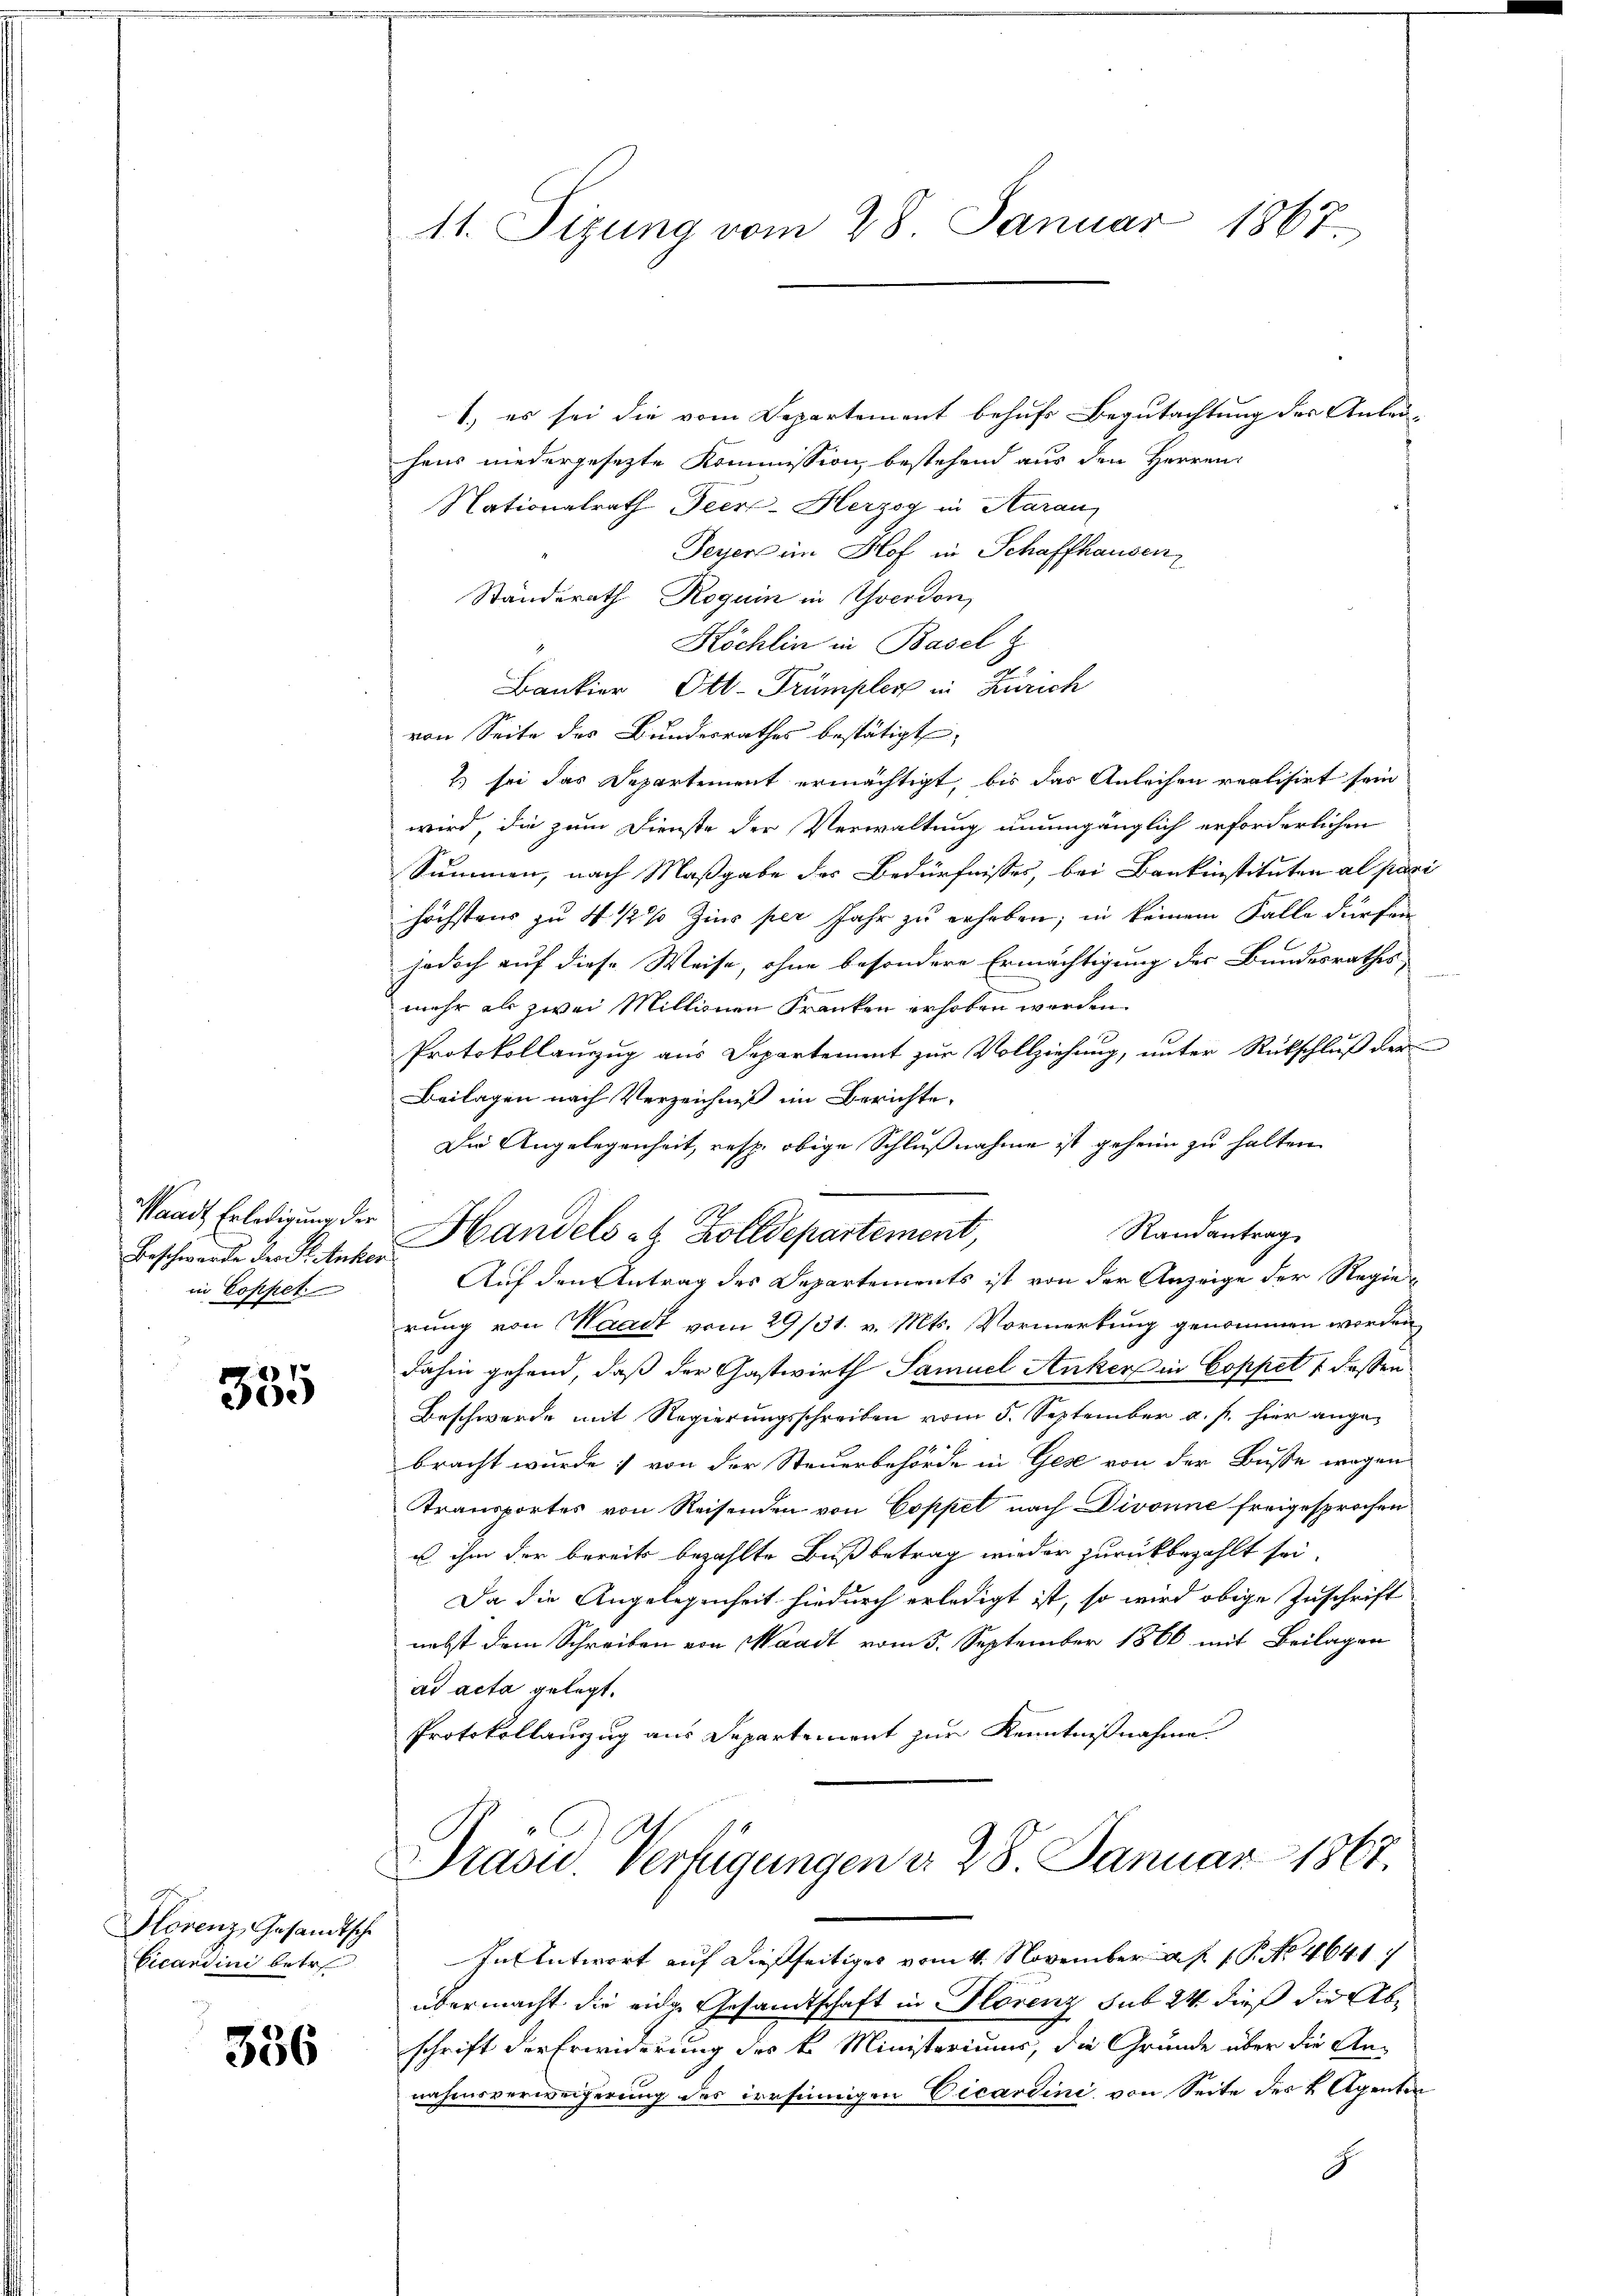
Beschwerde der S. Anker
in Coppet

335

Hlorenz, Gesandtsche
Cicandini betr

336

1) es sei die vom Departement behufs Begutachtung der Anleihens niedergesezte Kommission bestehend aus den Herren
Nationalrath Peer-Herzog in Aarau
Peyer im Hof in Schaffhausen
Standerath Roguin in Yverdon,
Köchlin in Basel z
Bankier Ott-Trümples in Zürich
von Seite des Bundesrathes bestätigt,
) sei das Departement ermächtigt, bis das Anleihen realisirt sein
wird, die zum Dienste der Verwaltung unumgänglich erforderlichen
Summen, nach Maßgabe des Bedürfnisses, bei Bankinstituten al pari
höchstens zu 4 1/2 % Zins per Jahr zu erheben; in keinem Falle dürfen
jedoch auf diese Weise, ohne besondere Ermächtigung des Bundesrathes
d
mehr als zwei Millionen Franken erhoben werden.
Protokollanzzug aus Departement zur Vollziehung, unter Rückschluß der
Beilagen nach Verzeichniß im Berichte
Die Angelegenheit, resp. obige Schlußnahme ist geheim zu halten
Waadt Erledigung der Handels et Zolldepartement,
Randantrag
Auf den Antrag des Departements ist von der Anzeige der Regierung von Waadt vom 29/31. v. Mts. Vormerkung genommen worden
dahin gehend, daß der Gastwirth Samuel Anker in Coppet 1 dessen
Beschwerde mit Regierungsschreiben vom 5. September a. p. hier angebracht wurde; von der Steuerbehörde in Gese von der Busse wegen
Transportes von Reisenden von Coppel nach Divonne freigesprochen
u ihm der bereits bezahlte Bußbetrag wieder zurückbezahlt sei,
Da die Angelegenheit hiedurch erledigt ist, so wird obige Zuschrift
nebst dem Schreiben von Waadt vom 5. September 1866 mit Beilagen
ad acta gelegt.
Protokollauszug aus Departement zur Kenntnißnahme.

11. Sizung vom 28. Januar 1867.

Präsid.. Verfügungen d. 28. Januar 1867.

In Antwort auf dießseitiges vom 4. November a. P. Nr. 4641
übermacht die eidg. Gesandtschaft in Florenz sub 24 dieß die Abschrift der Erwiderung des k. Ministeriums, die Gründe über die An-
nahmsverweigerung des irrsinnigen Vicardini, von Seite der k. Agenten
.